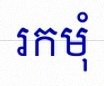
រកមុំ